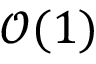
{ \mathcal { O } } ( 1 )